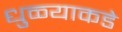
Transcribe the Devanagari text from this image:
धुळ्याकडे